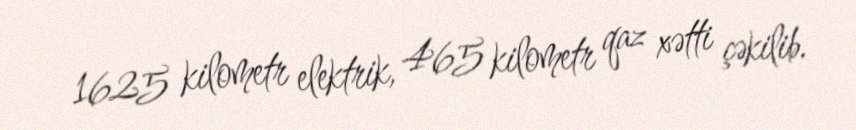
1625 kilometr elektrik, 465 kilometr qaz xətti çəkilib.